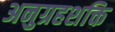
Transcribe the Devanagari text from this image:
अनुग्रहशक्ति